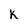
Character: K